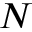
N